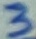
Text: 3